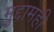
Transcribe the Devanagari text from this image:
मुद्दामही